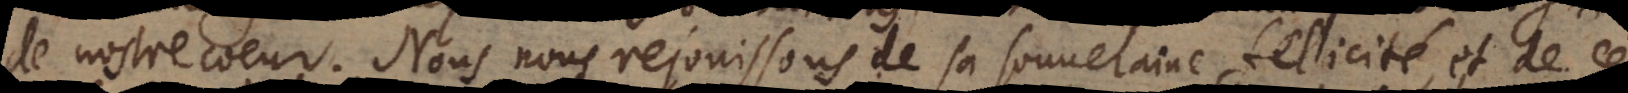
de nostre coeur. Nous nous rejouissons de sa souveraine felicité, et de ce